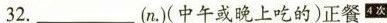
32.___(n.(中午或晚上吃的)正餐^{4次}